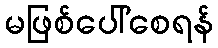
မဖြစ်ပေါ်စေရန်